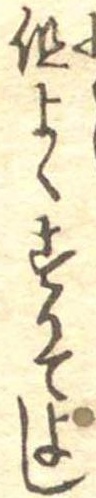
但よくすりてよし